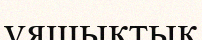
ұяшықтық